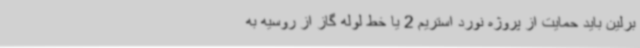
برلین باید حمایت از پروژه نورد استریم 2 یا خط لوله گاز از روسیه به